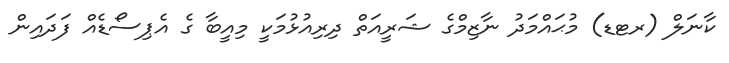
ކާނަލް (ރޓޑ) މުޙައްމަދު ނާޒިމްގެ ޝަރީއަތް ދިރިއުޅުމަކީ މިއީބާ ގެ އެޕިސޯޑެއް ފަދައިން